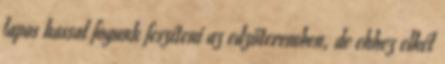
lapos hassal fogunk feszíteni az edzőteremben, de ehhez elkél